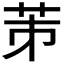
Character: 𦭄